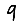
Digit: 9